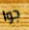
جوا